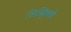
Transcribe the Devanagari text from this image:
लिव्हिवचे